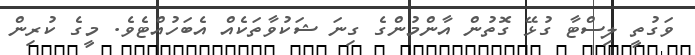
ވަގުތީ ލިސްޓާ ގުޅޭ ގޮތުން އާންމުންގެ ގިނަ ޝަކުވާތަކެއް އެބަހުއްޓެވެ. މީގެ ކުރިން